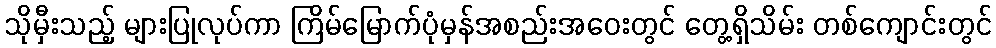
သိုမှီးသည့် များပြုလုပ်ကာ ကြိမ်မြောက်ပုံမှန်အစည်းအဝေးတွင် တွေ့ရှိသိမ်း တစ်ကျောင်းတွင်